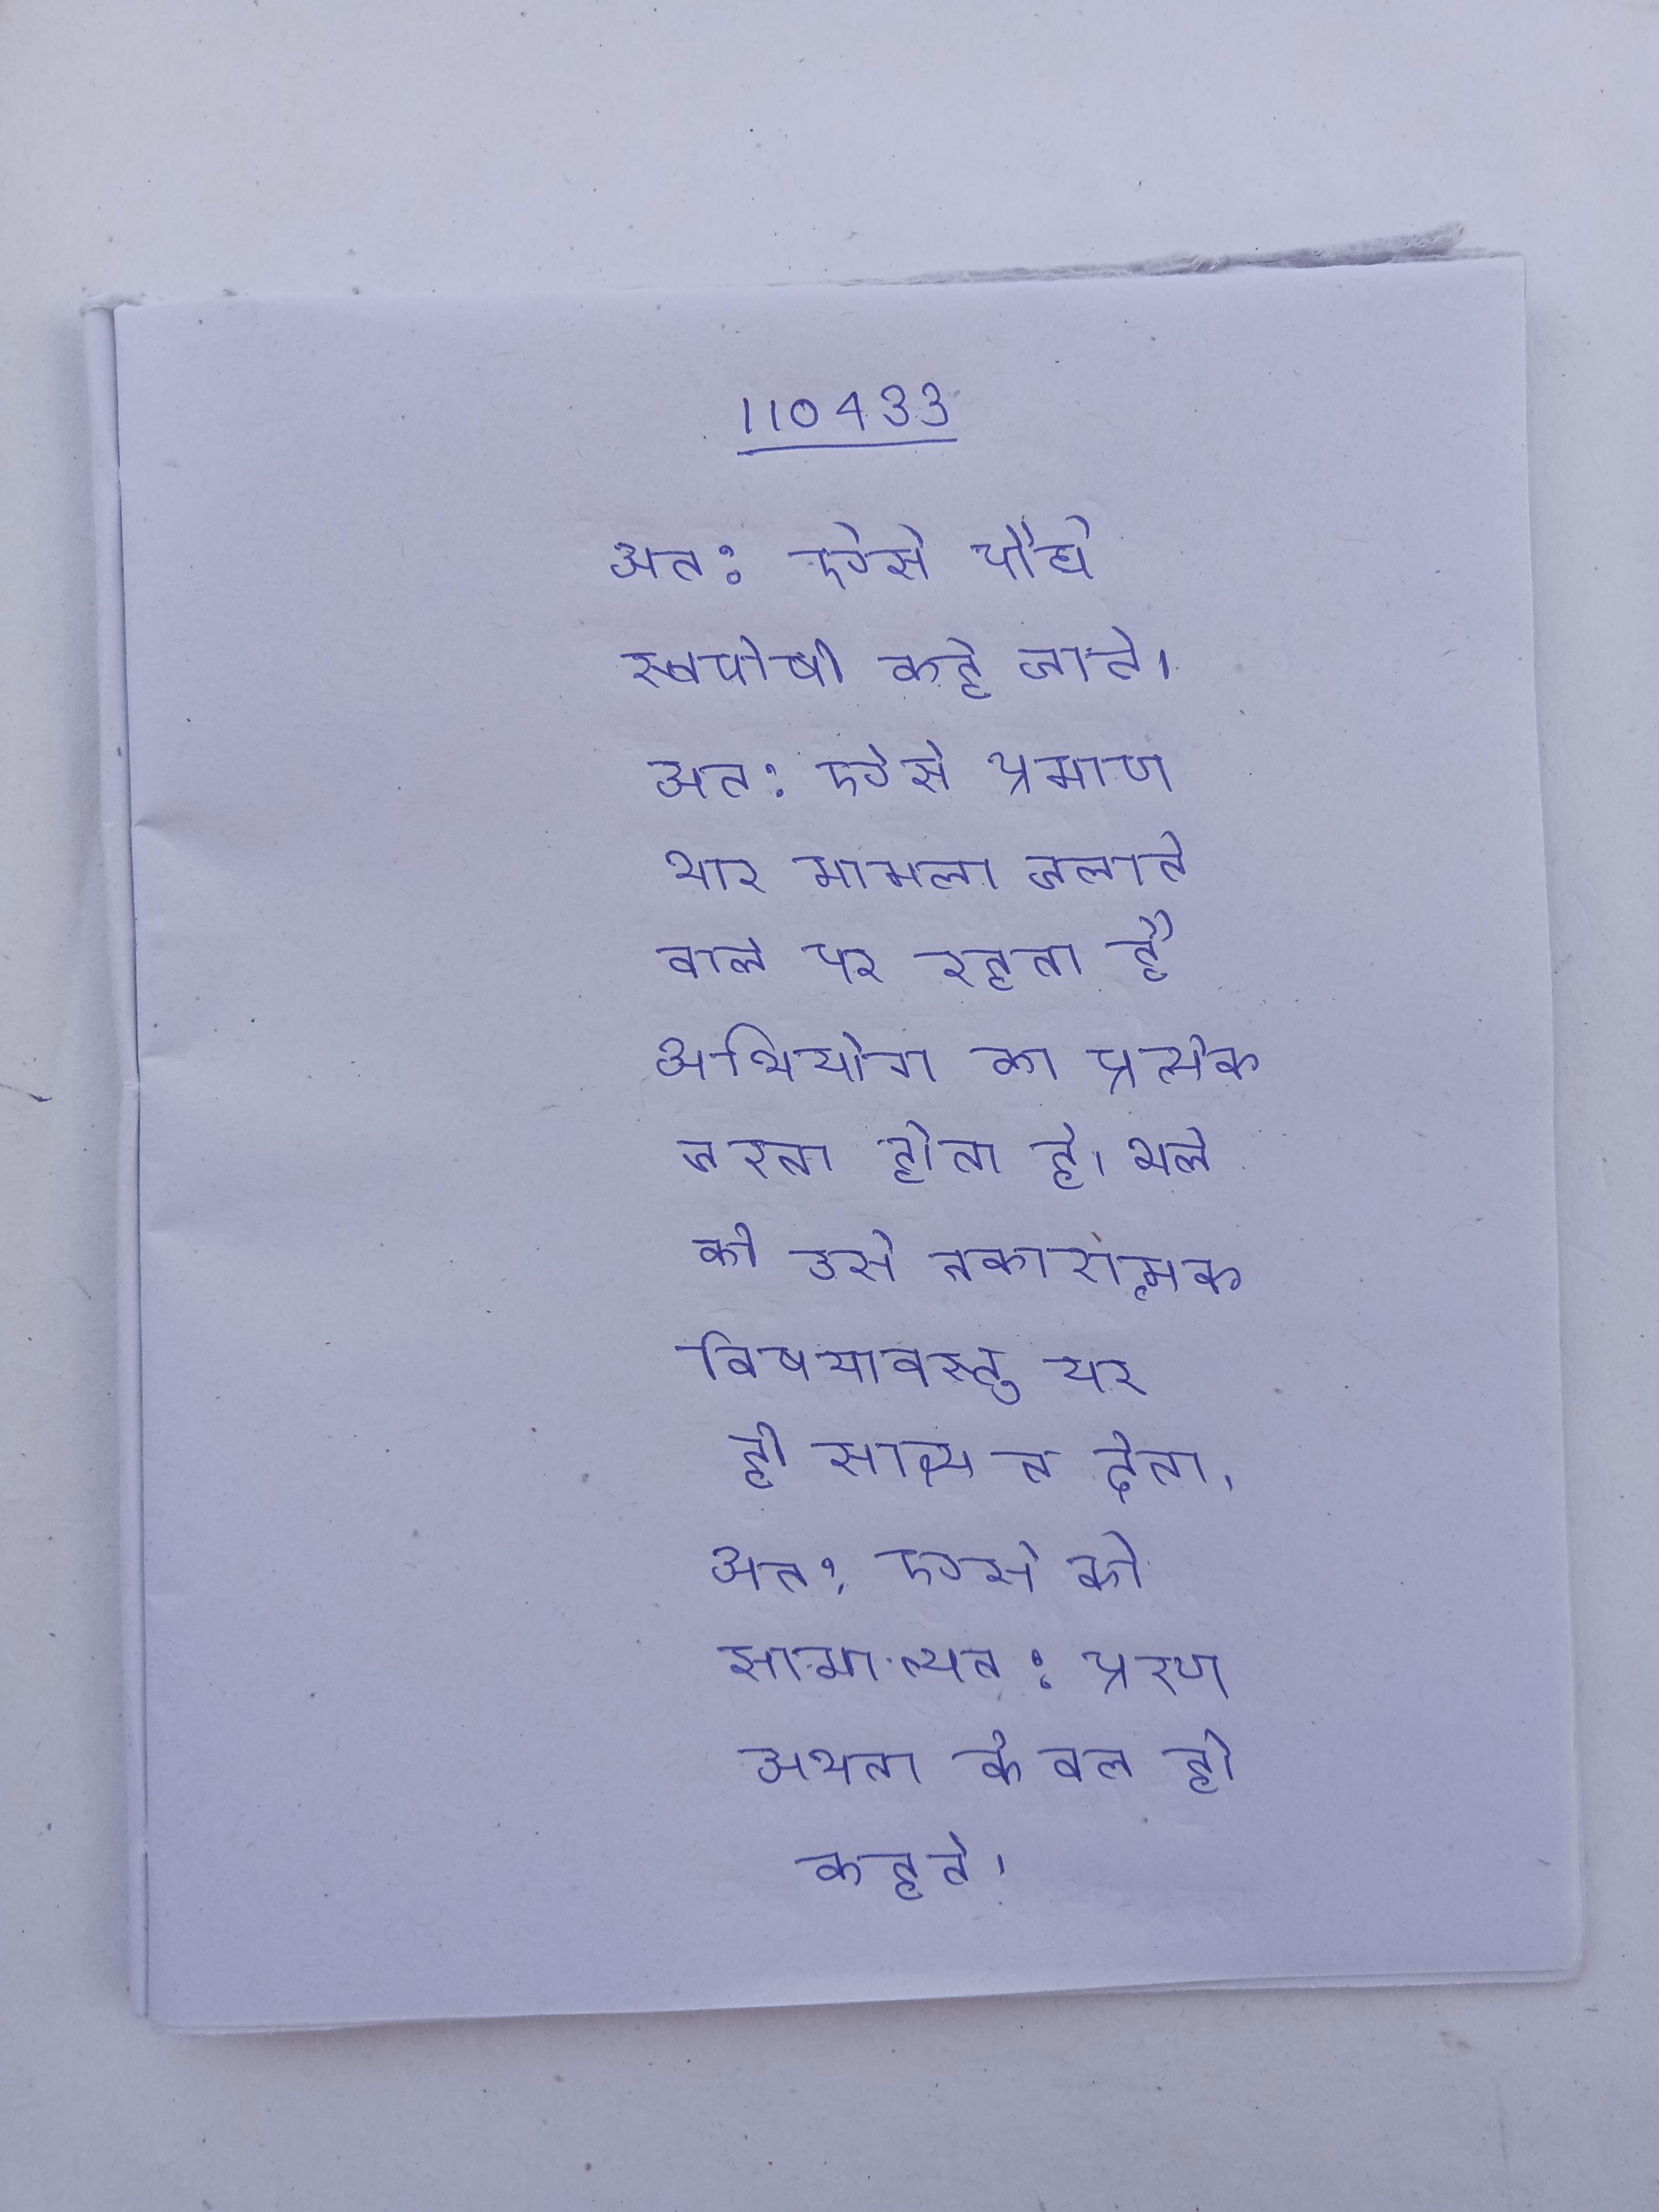
अत: ऐसे पौधे स्वपोषी कहे जाते । अत: ऐसे प्रमाणभार मामला चलानेवाले पर रहता है अभियोग का प्रत्येक चरण उसे ही प्रमाणित करना होता है, भले ही उसे नकारात्मक विषयावस्तु पर ही साक्ष्य न देना । अत: ऐसे को सामान्यत: प्रेरण अथवा केवल ही कहते ।